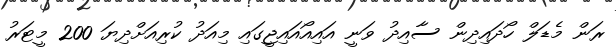
ރަން މެޑަލް ހޯދައިދިން ސާއިދު ވަނީ އައިއޯއައިޖީގައި މިއަދު ކުރިއަށްދިޔަ 200 މީޓަރު